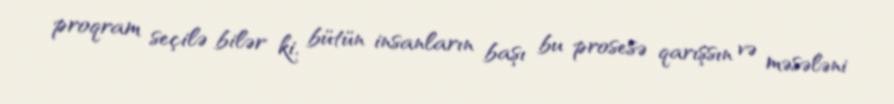
proqram seçilə bilər ki, bütün insanların başı bu prosesə qarışsın və məsələni